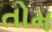
તોમ